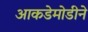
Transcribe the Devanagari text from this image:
आकडेमोडीने